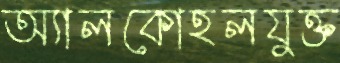
অ্যালকোহলযুক্ত